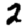
Digit: 2